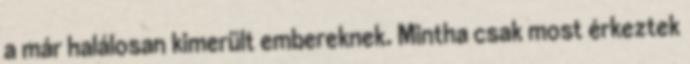
a már halálosan kimerült embereknek. Mintha csak most érkeztek